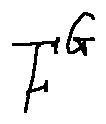
F ^ { G }